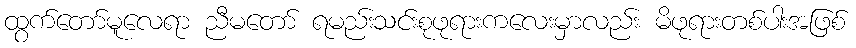
ထွက်တော်မူလေရာ ညီမတော် ရမည်းသင်းစုဖုရားကလေးမှာလည်း မိဖုရားတစ်ပါးအဖြစ်